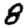
Digit: 8